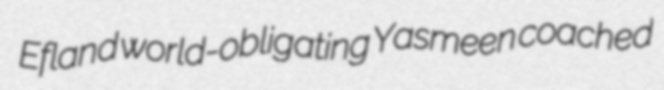
Efland world-obligating Yasmeen coached